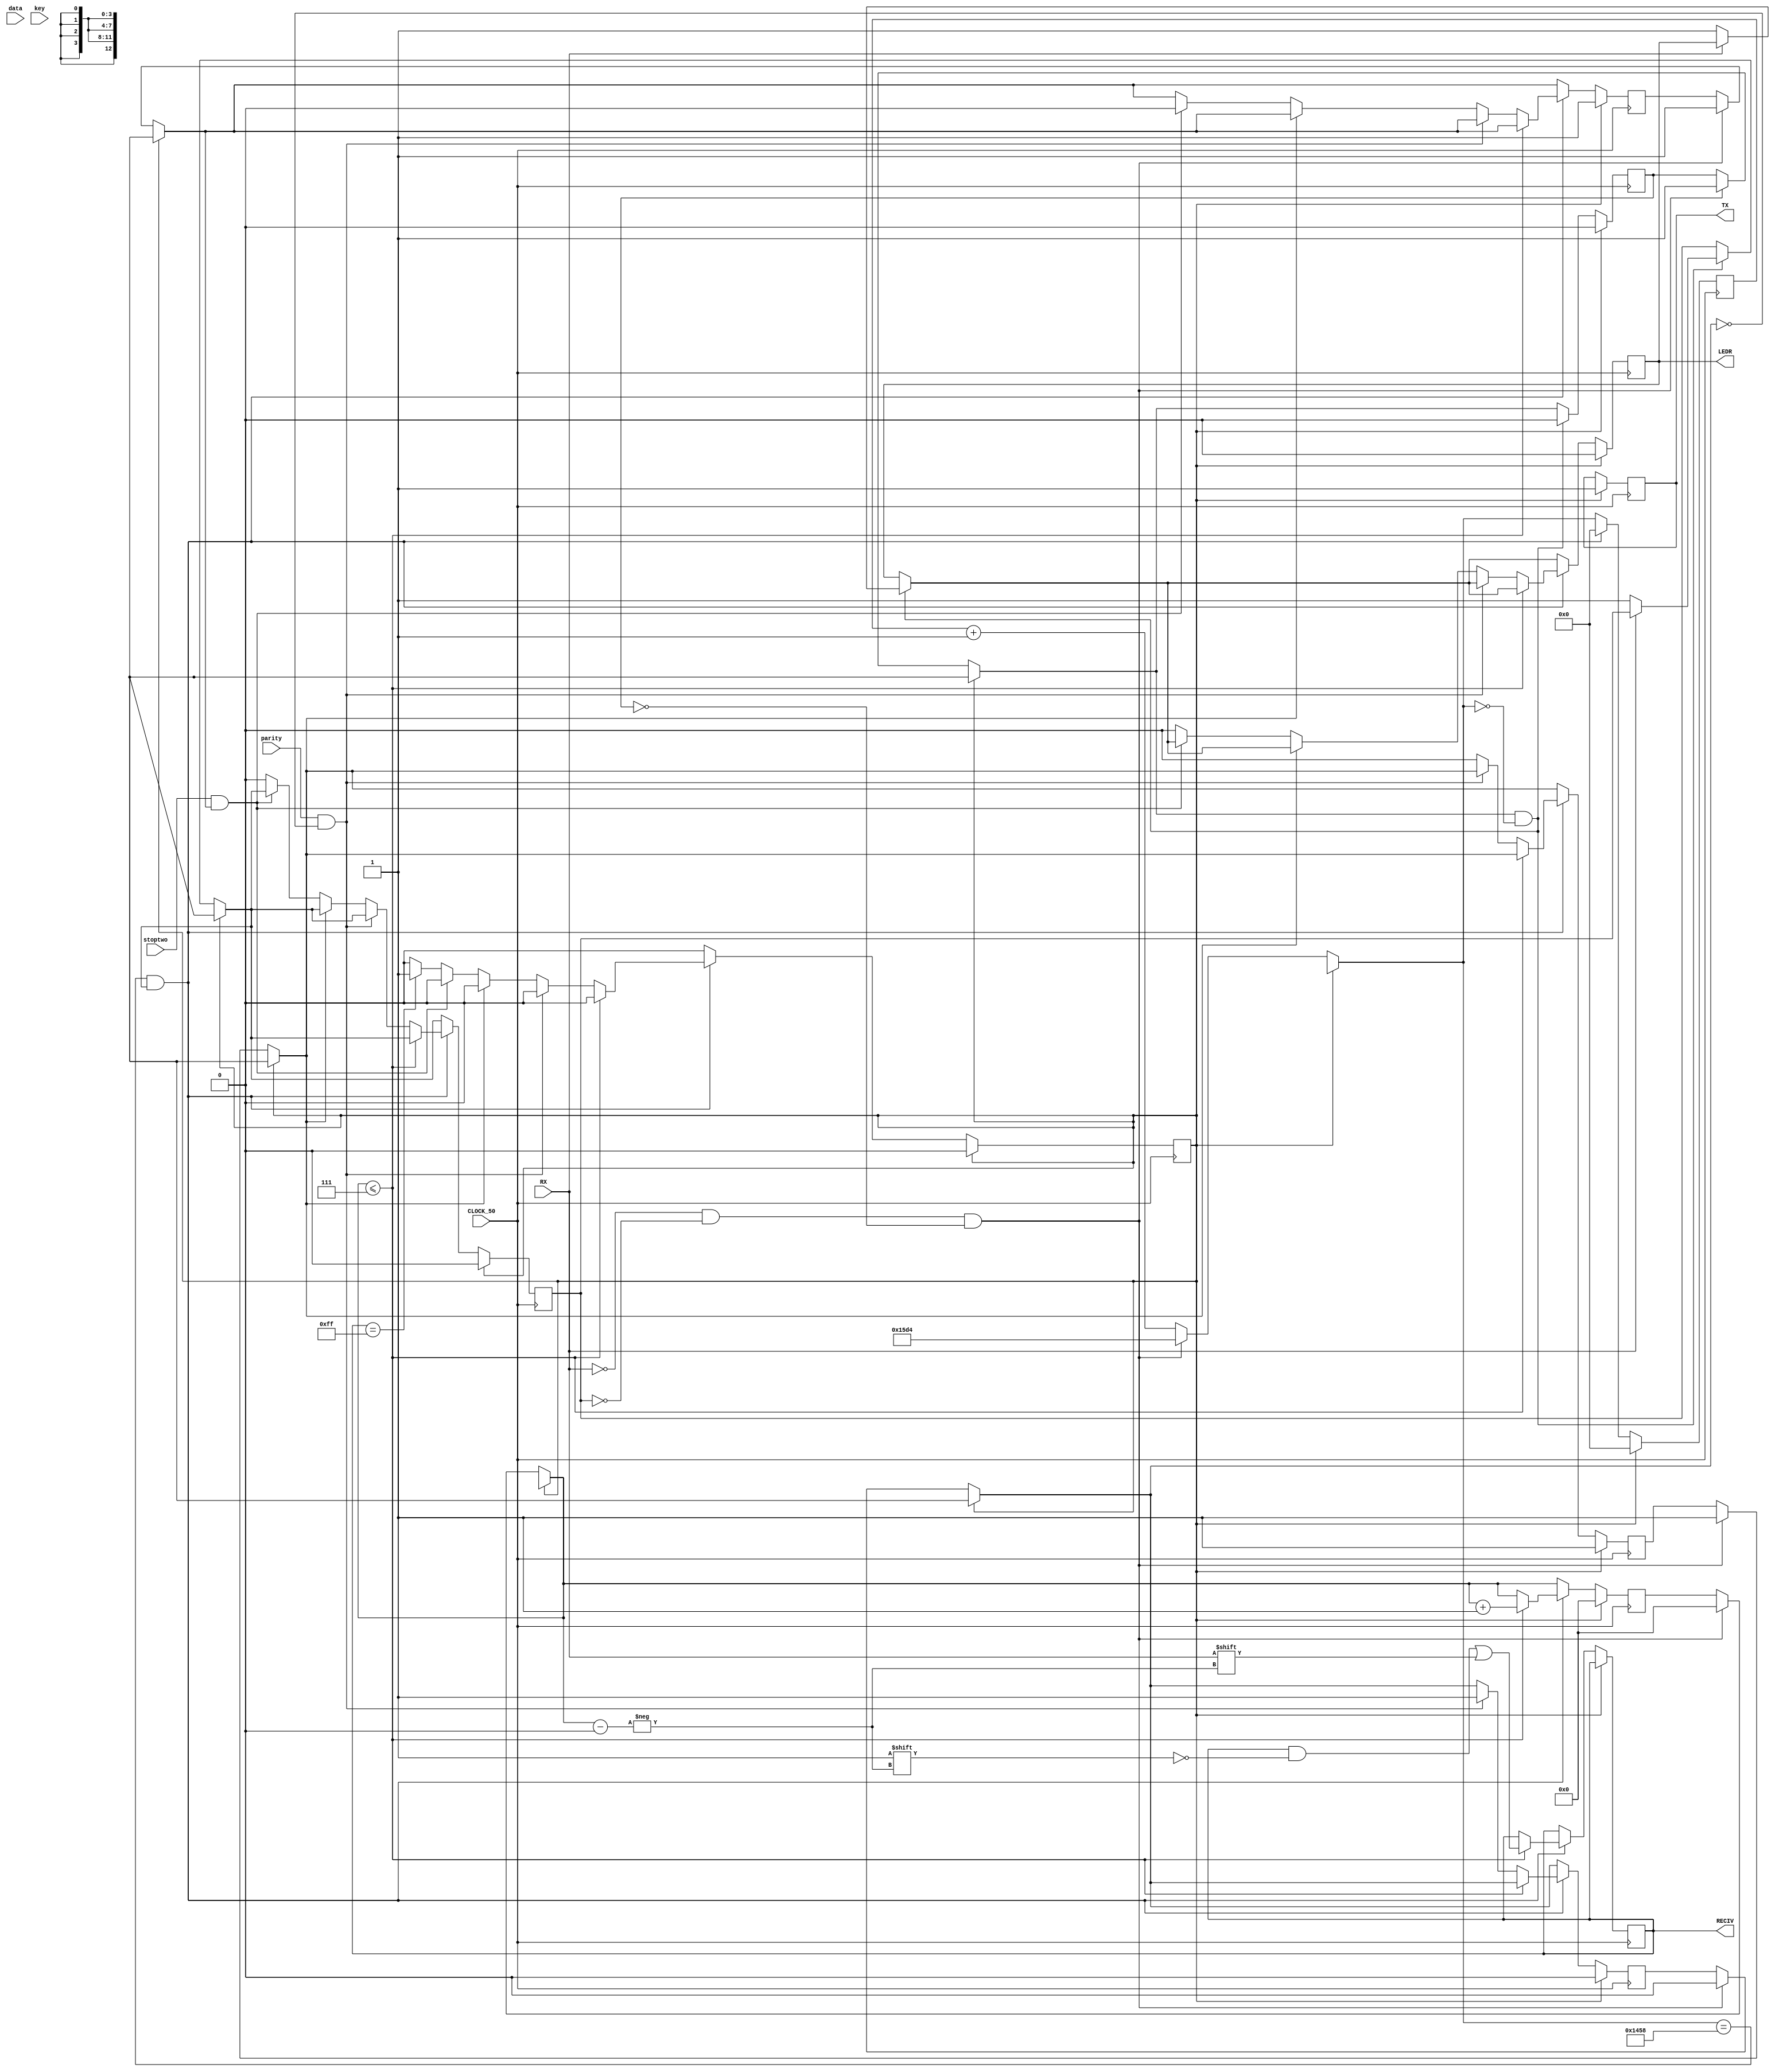
module uart #(
	parameter io = 1'b0
) (input parity, input stoptwo, input CLOCK_50, input [7:0] data, input key, output TX, output [7:0] RECIV, input RX, output LEDR);
	reg [12:0] clk;
	reg [3:0] i;
	reg [7:0] recv;
	reg enable;
	reg enable_possible;
	reg out;
	reg start;
	reg stop;
	reg stopsecond;
	reg led;
	reg reset;
	reg paritydone;
	reg keyp;
	reg par;
	reg [3:0] p;
	assign TX = out;
	assign RECIV = recv;
	assign LEDR = led;
	always @(posedge CLOCK_50) begin
	if(reset == 1) begin
		enable = 1'b0;
		enable_possible = 1'b0;
		start = 1'b1;
		stop = 1'b1;
		stopsecond = 1'b1;
		clk = 13'd0;
		i = 4'd0;
		out = 1'b1;
		led = 1'b0;
		keyp = 1'b1;
		reset = 1'b0;
		paritydone = 1'b0;
	end else begin
		clk = clk + 1;
			if (io == 1) begin
				if(keyp == 1'b1 && key == 1'b0) begin
					enable = 1'b1;
					start = 1'b0;
					stop = 1'b1;
					stopsecond = 1'b1;
					paritydone = 1'b0;
					clk = 13'd0;
					i = 4'd0;
				end
				keyp = key;
				if(clk == 13'd5208) begin
					clk = 13'd0;
					// Ako treba poslati start bit, posalji prvo njega
					if(start == 1'b0) begin
						out = 1'b0;
						start = 1'b1;
					end
					// Ako je u toku slanje, salji
					else if(enable == 1'b1) begin
						if(i <= 4'd8) begin
							out = data[i];
							i = i + 4'd1;
						end
						// Posalji stop bit, parity na kraju i enable = 0 kad svi data bitovi budu poslati
						if(i > 4'd8) begin
							if(parity == 1'b1 && paritydone == 1'b0) begin
								paritydone = 1'b1;
								par = 1'b0;
								for(p = 4'd0; p <= 4'd7; p = p + 4'd1) begin
									par = par + data[p];
								end
								out = par;
							end else begin
								if(stop == 1'b1) begin
									out = 1'b1;
									stop = 1'b0;
								end else begin
									if(stoptwo == 1'b1 && stopsecond == 1'b1) begin
										stopsecond = 1'b0;
									end else begin
										enable = 1'b0;
									end
								end
							end
						end
					end
				end
			end else begin
				if (RX == 1'b0 && enable == 1'b0 && enable_possible == 1'b0) begin
					enable_possible = 1'b1;
					//enable = 1; /////////
					clk = 13'b1010111010100;	// -2604
					i = 4'd0;
					stop = 1'b1;
					stopsecond = 1'b1;
					stop = 1'b1;
					paritydone = 1'b0;
				end
				if (enable_possible == 1'b1 && clk == 1'b0) begin
					if(RX == 1'b0) begin
						led = 1'b1;
						enable = 1'b1;
					end
					enable_possible = 1'b0;
				end
				if(clk == 13'd5208 && enable == 1'b1) begin
					clk = 13'd0;
					if(i <= 4'd7) begin
						recv[i] = RX;
						i = i + 4'd1;
					end 
					else begin
						if(parity == 1'b1 && paritydone == 1'b0) begin
								paritydone = 1'b1;
						end 
						else begin
							if(stop == 1'b1) begin
								stop = 1'b0;
							end 
							else begin
								if(stoptwo == 1'b1 && stopsecond == 1'b1) begin
									stopsecond = 1'b0;
								end 
								else begin
									// Na kraju primanja, procitaj kontrolne signale.
									if(recv == 8'd255) begin
										reset = 1'b1;
									end
									led = 1'b0;
									enable = 1'b0;
								end
							end
						end
					end
				end
			end
		end
	end
endmodule
module projekat(input CLOCK_50, input [3:0] KEY, output TX, input RX, output [9:0] LEDR, output [6:0] HEX0, input [0:0] SW);
	wire [7:0] recv;
	wire [7:0] send;
	wire prazna, prazna2;
	reg [6:0] broj;
	reg parity;
	reg stopbit;
	assign LEDR[8:1] = recv;
	assign HEX0 = broj;
	uart #(1'b1) uart2(parity, stopbit, CLOCK_50, recv, KEY[0], TX, send, RX, prazna2);	// 1 - salji
	uart #(1'b0) uart1(parity, stopbit, CLOCK_50, send, KEY[0], prazna, recv, RX, LEDR[0]);	// 0 - primaj
	always @(posedge CLOCK_50) begin
		case(recv)
							//	  6543210
			8'd48: broj = 7'b1000000;
			8'd49: broj = 7'b0100100;
			8'd50: broj = 7'b0110000;
			8'd51: broj = 7'b0010010;
			8'd52: broj = 7'b0011001;
			8'd53: broj = 7'b0010010; //(5)
			8'd54: broj = 7'b0000010;
			8'd55: broj = 7'b1111000;
			8'd56: broj = 7'b0000000; //(8)
			8'd57: broj = 7'b0011000;
			// Slova:        6543210
			8'd65: broj = 7'b0001000;
			8'd66: broj = 7'b0000011;
			8'd67: broj = 7'b1000110;
			8'd68: broj = 7'b0100001;
			8'd69: broj = 7'b0000110;
			8'd70: broj = 7'b0001110;
			//////////////// 6543210
			8'd72: broj = 7'b0001001;	// H
			8'd73: broj = 7'b1001111; // I
			8'd76: broj = 7'b1000111; // L
			8'd78: broj = 7'b0101011; // N
			8'd254: parity = !parity;
			8'd253: stopbit = !stopbit;
			8'd255: begin
				parity = 1'b0;
				stopbit = 1'b0;
				broj = 7'b1111111;
			end
			default: broj = 7'b1111111;
		endcase
	end
	
endmodule